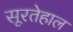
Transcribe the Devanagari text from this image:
सूरतेहाल